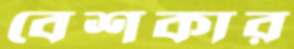
বেশকার